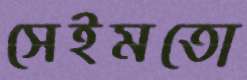
সেইমতো